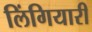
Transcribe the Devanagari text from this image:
लिंगियारी